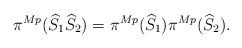
LaTeX: \begin{align*}\pi^{Mp}(\widehat{S}_1 \widehat{S}_2) = \pi^{Mp}(\widehat{S}_1) \pi^{Mp}(\widehat{S}_2).\end{align*}